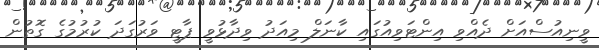
ވީނިއުސްއަށް ދެއްވި އިންޓަވިއުގައި ކާނަލް މިއަދު ވިދާޅުވީ ޕާޓީ ވަރުގަދަ ކުރުމުގެ ގޮތުން